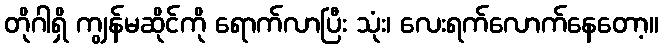
တိုဂါရှိ ကျွန်မဆိုင်ကို ရောက်လာပြီး သုံး၊ လေးရက်လောက်နေတော့။